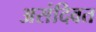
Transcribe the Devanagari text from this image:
असंदिवत